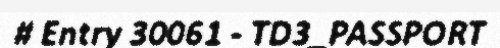
# Entry 30061 - TD3_PASSPORT